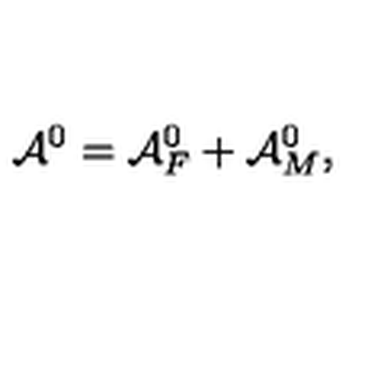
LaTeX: { \cal A } ^ { 0 } = { \cal A } _ { F } ^ { 0 } + { \cal A } _ { M } ^ { 0 } ,